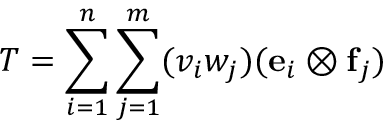
T = \sum _ { i = 1 } ^ { n } \sum _ { j = 1 } ^ { m } ( v _ { i } w _ { j } ) ( \mathbf { e } _ { i } \otimes \mathbf { f } _ { j } )